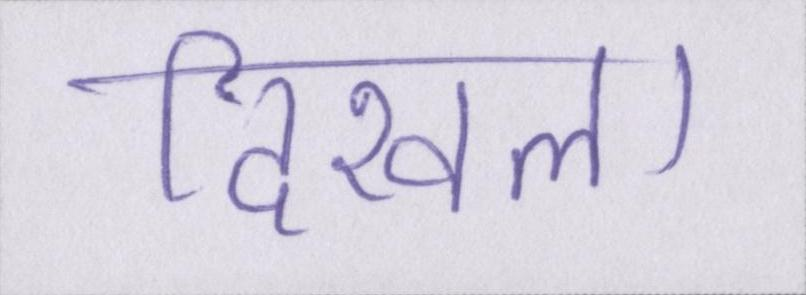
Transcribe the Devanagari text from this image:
दिखला